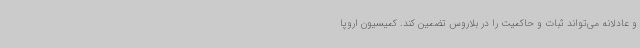
و عادلانه می‌تواند ثبات و حاکمیت را در بلاروس تضمین کند. کمیسیون اروپا